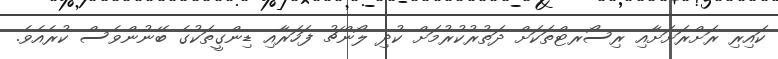
ކައިރި ރަށްރަށަށާއި ރިސޯރޓްތަކަށް ދަތުރުކުރުމަށް ކުދި ލޯންޗު ފަހަރާއި ޑިންގީތަކުގެ ބޭނުންވެސް ކުރެއެވެ.